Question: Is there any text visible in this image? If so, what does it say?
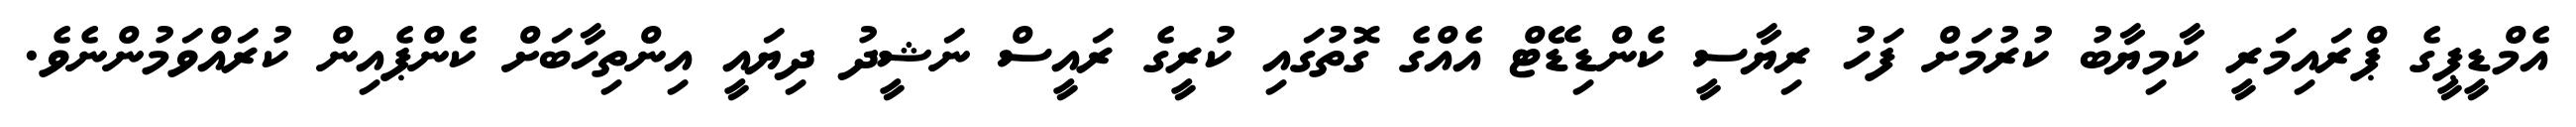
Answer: އެމްޑީޕީގެ ޕްރައިމަރީ ކާމިޔާބު ކުރުމަށް ފަހު ރިޔާސީ ކެންޑިޑޭޓް އެއްގެ ގޮތުގައި ކުރީގެ ރައީސް ނަޝީދު ދިޔައީ އިންތިހާބަށް ކެންޕެއިން ކުރައްވަމުންނެވެ.